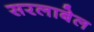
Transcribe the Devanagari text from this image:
सरलाबेल